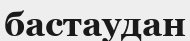
бастаудан